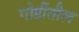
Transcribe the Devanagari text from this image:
गोष्टींतील